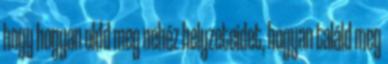
hogy hogyan oldd meg nehéz helyzeteidet, hogyan találd meg